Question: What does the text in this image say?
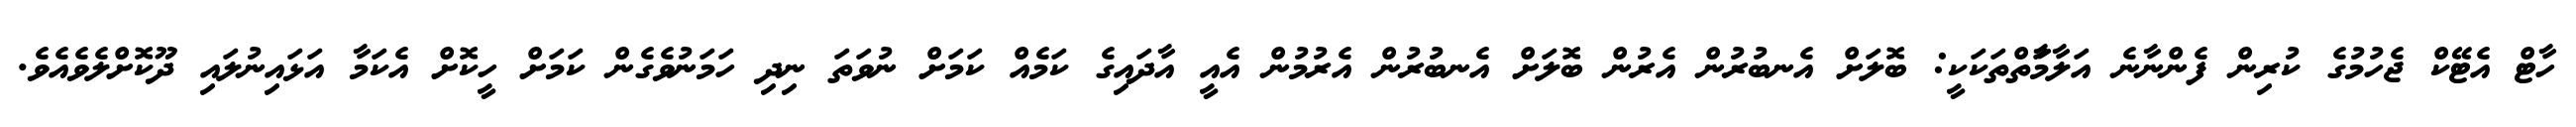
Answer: ހާޓް އެޓޭކް ޖެހުމުގެ ކުރިން ފެންނާނެ އަލާމާަތްތަކަކީ: ބޮލަށް އެނބުރުން އެރުން ބޮލަށް އެނބުރުން އެރުމުން އެއީ އާދައިގެ ކަމެއް ކަމަށް ނުވަތަ ނިދި ހަމަނުވެގެން ކަމަށް ހީކޮށް އެކަމާ އަޅައިނުލައި ދޫކޮށްލެވެއެވެ.